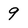
Character: 9